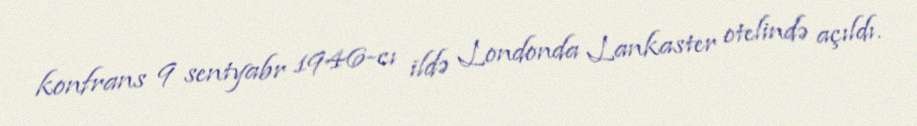
konfrans 9 sentyabr 1946-cı ildə Londonda Lankaster otelində açıldı.